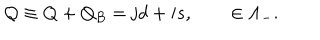
LaTeX: { \cal { Q } } \equiv Q + Q _ { B } = { \bf \mathrm { j } } d + { \bf \mathrm { i } } s , \qquad \in \Lambda _ { - } .